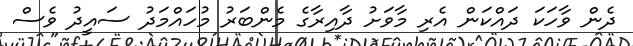
ދެން ވާހަކަ ދައްކަން އެރި މާވަށު ދާއިރާގެ މެންބަރު މުހައްމަދު ސައީދު ވެސް